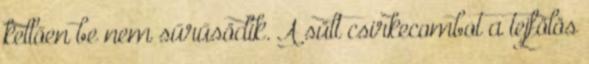
kellően be nem sűrűsödik. A sült csirkecombot a tejfölös